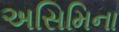
અસિમિના